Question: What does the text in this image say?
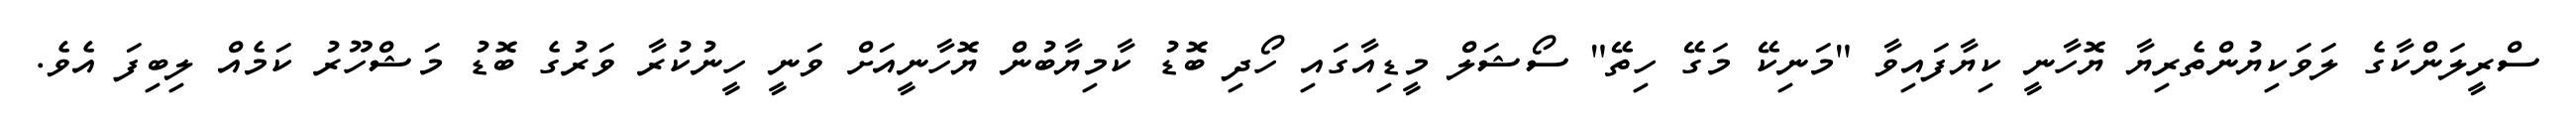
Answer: ސްރީލަންކާގެ ލަވަކިޔުންތެރިޔާ ޔޮހާނީ ކިޔާފައިވާ "މަނިކޭ މަގޭ ހިތޭ" ސޯޝަލް މީޑިއާގައި ހޯދި ބޮޑު ކާމިޔާބުން ޔޮހާނީއަށް ވަނީ ހީނުކުރާ ވަރުގެ ބޮޑު މަޝްހޫރު ކަމެއް ލިބިފަ އެވެ.